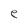
Character: e